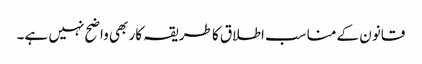
قانون کے مناسب اطلاق کا طریقہ کار بھی واضح نہیں ہے۔